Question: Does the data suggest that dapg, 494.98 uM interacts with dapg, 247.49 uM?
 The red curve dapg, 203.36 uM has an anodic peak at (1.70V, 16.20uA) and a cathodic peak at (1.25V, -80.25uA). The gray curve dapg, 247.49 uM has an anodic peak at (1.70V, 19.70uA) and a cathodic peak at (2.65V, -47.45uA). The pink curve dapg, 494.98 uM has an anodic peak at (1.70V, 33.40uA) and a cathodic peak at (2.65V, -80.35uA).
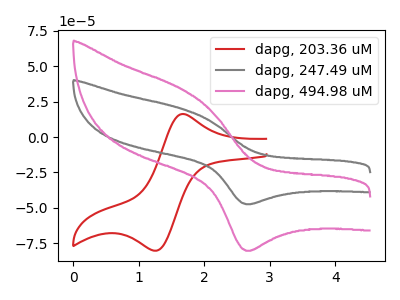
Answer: <think>All the peaks in "dapg, 494.98 uM" have a peak in "dapg, 247.49 uM" at the same potential. Every peak in "dapg, 494.98 uM" is higher than every peak in "dapg, 247.49 uM".
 </think>
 <answer>No, "dapg, 494.98 uM" and "dapg, 247.49 uM" don't appear to be significantly different in shape</answer>
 <eval>no_change</eval>